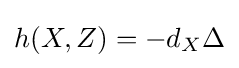
h(X,Z)=-d_{X}\Delta